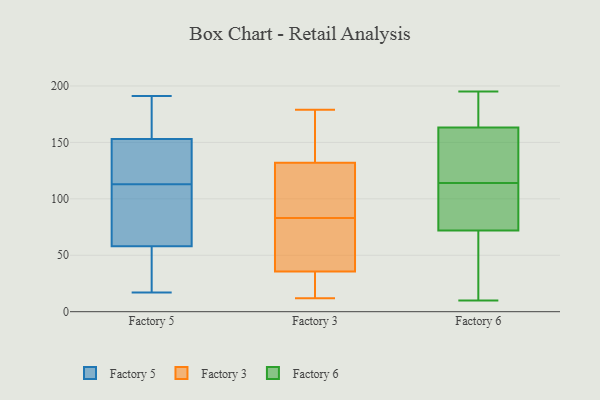
{"axis": {"x": "Demand Index", "y": "Value"}, "legend": ["Factory 3", "Factory 5", "Factory 6"], "data": [{"x": "", "y": 188, "type": "Factory 5"}, {"x": "", "y": 58, "type": "Factory 5"}, {"x": "", "y": 149, "type": "Factory 5"}, {"x": "", "y": 112, "type": "Factory 5"}, {"x": "", "y": 153, "type": "Factory 5"}, {"x": "", "y": 154, "type": "Factory 5"}, {"x": "", "y": 97, "type": "Factory 5"}, {"x": "", "y": 62, "type": "Factory 5"}, {"x": "", "y": 26, "type": "Factory 5"}, {"x": "", "y": 114, "type": "Factory 5"}, {"x": "", "y": 47, "type": "Factory 5"}, {"x": "", "y": 191, "type": "Factory 5"}, {"x": "", "y": 17, "type": "Factory 5"}, {"x": "", "y": 124, "type": "Factory 5"}, {"x": "", "y": 156, "type": "Factory 3"}, {"x": "", "y": 12, "type": "Factory 3"}, {"x": "", "y": 140, "type": "Factory 3"}, {"x": "", "y": 132, "type": "Factory 3"}, {"x": "", "y": 115, "type": "Factory 3"}, {"x": "", "y": 108, "type": "Factory 3"}, {"x": "", "y": 82, "type": "Factory 3"}, {"x": "", "y": 21, "type": "Factory 3"}, {"x": "", "y": 62, "type": "Factory 3"}, {"x": "", "y": 179, "type": "Factory 3"}, {"x": "", "y": 31, "type": "Factory 3"}, {"x": "", "y": 83, "type": "Factory 3"}, {"x": "", "y": 145, "type": "Factory 3"}, {"x": "", "y": 15, "type": "Factory 3"}, {"x": "", "y": 119, "type": "Factory 3"}, {"x": "", "y": 43, "type": "Factory 3"}, {"x": "", "y": 33, "type": "Factory 3"}, {"x": "", "y": 67, "type": "Factory 3"}, {"x": "", "y": 132, "type": "Factory 3"}, {"x": "", "y": 112, "type": "Factory 6"}, {"x": "", "y": 114, "type": "Factory 6"}, {"x": "", "y": 165, "type": "Factory 6"}, {"x": "", "y": 10, "type": "Factory 6"}, {"x": "", "y": 63, "type": "Factory 6"}, {"x": "", "y": 170, "type": "Factory 6"}, {"x": "", "y": 99, "type": "Factory 6"}, {"x": "", "y": 182, "type": "Factory 6"}, {"x": "", "y": 195, "type": "Factory 6"}, {"x": "", "y": 108, "type": "Factory 6"}, {"x": "", "y": 127, "type": "Factory 6"}, {"x": "", "y": 158, "type": "Factory 6"}, {"x": "", "y": 133, "type": "Factory 6"}, {"x": "", "y": 55, "type": "Factory 6"}, {"x": "", "y": 10, "type": "Factory 6"}]}